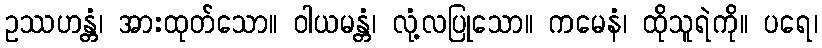
ဥဿဟန္တံ၊ အားထုတ်သော။ ဝါယမန္တံ၊ လုံ့လပြုသော။ ကမေနံ၊ ထိုသူရဲကို။ ပရေ၊